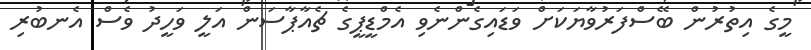
މީގެ އިތުރުން ބޭސްފަރުވާޔަކަށް ވަޑައިގެންނެވި އެމްޑީޕީގެ ޗެއާޕާސަން އަލީ ވަހީދު ވެސް އެނބުރި